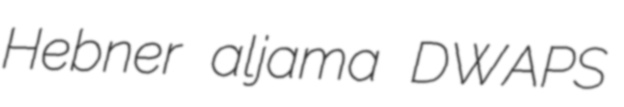
Hebner aljama DWAPS